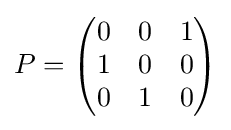
P={\begin{pmatrix}0&0&1\\1&0&0\\0&1&0\end{pmatrix}}